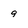
Character: 9